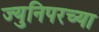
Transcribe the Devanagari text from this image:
ज्युनिपरच्या